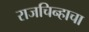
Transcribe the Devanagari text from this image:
राजचिन्हाचा